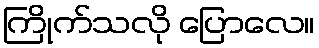
ကြိုက်သလို ပြောလေ။